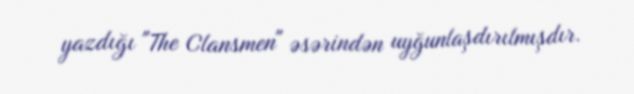
yazdığı "The Clansmen" əsərindən uyğunlaşdırılmışdır.